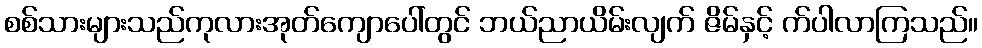
စစ်သားများသည်ကုလားအုတ်ကျောပေါ်တွင် ဘယ်ညာယိမ်းလျက် ဇိမ်နှင့် က်ပါလာကြသည်။